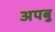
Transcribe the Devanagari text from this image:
अपबु